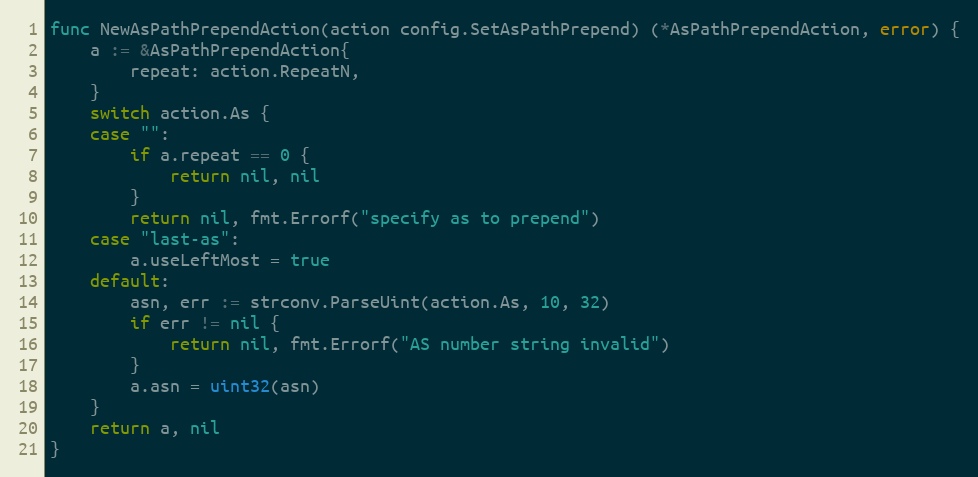
Language: Go
func NewAsPathPrependAction(action config.SetAsPathPrepend) (*AsPathPrependAction, error) {
	a := &AsPathPrependAction{
		repeat: action.RepeatN,
	}
	switch action.As {
	case "":
		if a.repeat == 0 {
			return nil, nil
		}
		return nil, fmt.Errorf("specify as to prepend")
	case "last-as":
		a.useLeftMost = true
	default:
		asn, err := strconv.ParseUint(action.As, 10, 32)
		if err != nil {
			return nil, fmt.Errorf("AS number string invalid")
		}
		a.asn = uint32(asn)
	}
	return a, nil
}